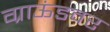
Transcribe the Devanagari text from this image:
ग्राऊंडवर